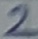
Text: 2